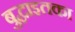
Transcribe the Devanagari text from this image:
बुद्धाइतका